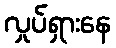
လှုပ်ရှားနေ